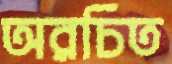
অরচিত